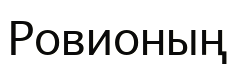
Ровионың